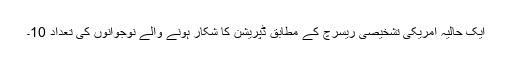
ایک حالیہ امریکی تشخیصی ریسرچ کے مطابق ڈپریشن کا شکار ہونے والے نوجوانوں کی تعداد 10۔